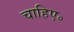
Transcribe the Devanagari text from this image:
चाहिए॰